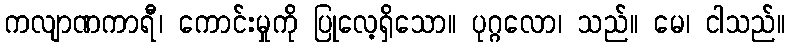
ကလျာဏကာရီ၊ ကောင်းမှုကို ပြုလေ့ရှိသော။ ပုဂ္ဂလော၊ သည်။ မေ၊ ငါသည်။